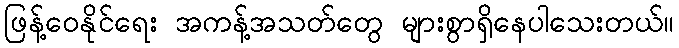
ဖြန့်ဝေနိုင်ရေး အကန့်အသတ်တွေ များစွာရှိနေပါသေးတယ်။